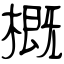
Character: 概